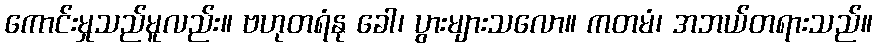
ကောင်းမှုသည်မူလည်း။ ဗဟုတရံနု ခေါ၊ ပွားများသလော။ ကတမံ၊ အဘယ်တရားသည်။